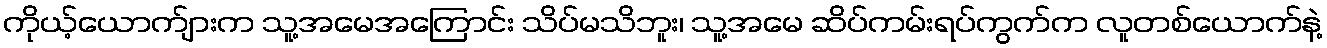
ကိုယ့်ယောက်ျားက သူ့အမေအကြောင်း သိပ်မသိဘူး၊ သူ့အမေ ဆိပ်ကမ်းရပ်ကွက်က လူတစ်ယောက်နဲ့